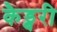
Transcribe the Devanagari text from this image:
कैड्बरी